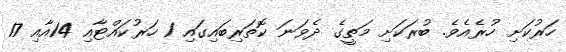
ހަރުކަށި ހުރެއެވެ. ބުރަކަށި މަތީގެ ދެވަނަ ކޮތަރިބައިގައި 1 ހަރުކައްޓާއި 14އާއި 17